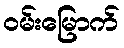
ဝမ်းမြောက်